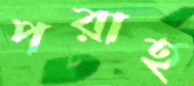
পরাহ